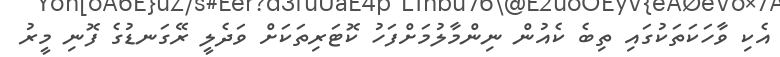
އެކި ވާހަކަތަކުގައި ތިބެ ކެއުން ނިންމާލުމަށްފަހު ކޮޓަރިތަކަށް ވަދެލީ ރޭގަނޑުގެ ފޮނި މީރު